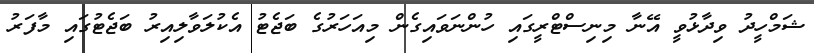
ޝަމްހީދު ވިދާޅުވީ އޭނާ މިނިސްޓްރީގައި ހުންނަވައިގެން މިއަހަރުގެ ބަޖެޓު އެކުލަވާލިއިރު ބަޖެޓުގައި މާފަރު